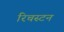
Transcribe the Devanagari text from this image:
रिचस्टन